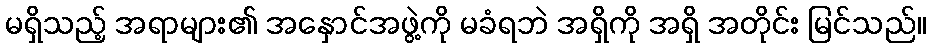
မရှိသည့် အရာများ၏ အနှောင်အဖွဲ့ကို မခံရဘဲ အရှိကို အရှိ အတိုင်း မြင်သည်။